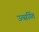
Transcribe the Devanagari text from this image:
उत्सर्गित